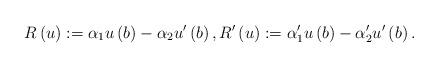
LaTeX: \begin{align*}R\left( u\right) :=\alpha _{1}u\left( b\right) -\alpha _{2}u^{\prime }\left(b\right) ,R^{\prime }\left( u\right) :=\alpha _{1}^{\prime}u\left( b\right) -\alpha _{2}^{\prime }u^{\prime }\left( b\right) . \end{align*}